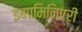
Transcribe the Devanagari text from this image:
इबपमिनिएरी